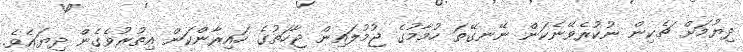
ދިޔުމަށް ޗެކިން ނުކުރެވޭނެކަން ނޭނގޭތަ ހުމާމުގެ ޖުމުލައިން ޖާހަތުގެ ހައިރާންކަން އިތުރުވެގެން ދިޔައެވެ.